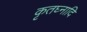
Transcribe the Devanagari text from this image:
कृतघ्नादि